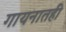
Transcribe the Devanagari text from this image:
गायनातही